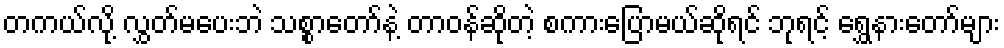
တကယ်လို့ လွှတ်မပေးဘဲ သစ္စာတော်နဲ့ တာဝန်ဆိုတဲ့ စကားပြောမယ်ဆိုရင် ဘုရင့် ရွှေနားတော်များ